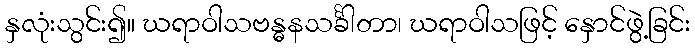
နှလုံးသွင်း၍။ ဃရာဝါသဗန္ဓနသင်္ခါတာ၊ ဃရာဝါသဖြင့် နှောင်ဖွဲ့ခြင်း